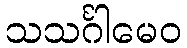
သသင်္ဂါမေဝ